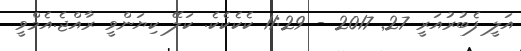
އަލީ ފެބުރުއަރީ 27